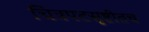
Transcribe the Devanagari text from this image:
चित्रपटसृष्टीतच